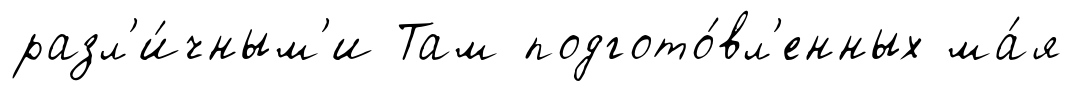
разл'и́чным'и Там подгото́вл'енных ма́я